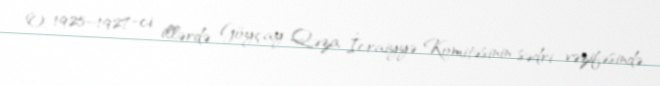
O, 1925–1927-ci illərdə Göyçay Qəza İcraiyyə Komitəsinin sədri vəzifəsində,